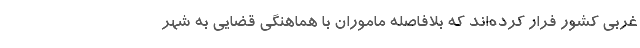
غربی کشور فرار کرده‌اند که بلافاصله ماموران با هماهنگی قضایی به شهر